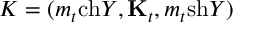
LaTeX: K = ( m _ { t } \mathrm { c h } Y , { \bf K } _ { t } , m _ { t } \mathrm { s h } Y )